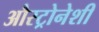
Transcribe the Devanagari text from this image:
औस्ट्रोनेशी